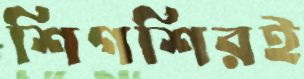
শিগশিরই